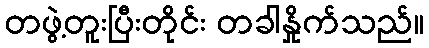
တဖွဲ့တူးပြီးတိုင်း တခါနှိုက်သည်။